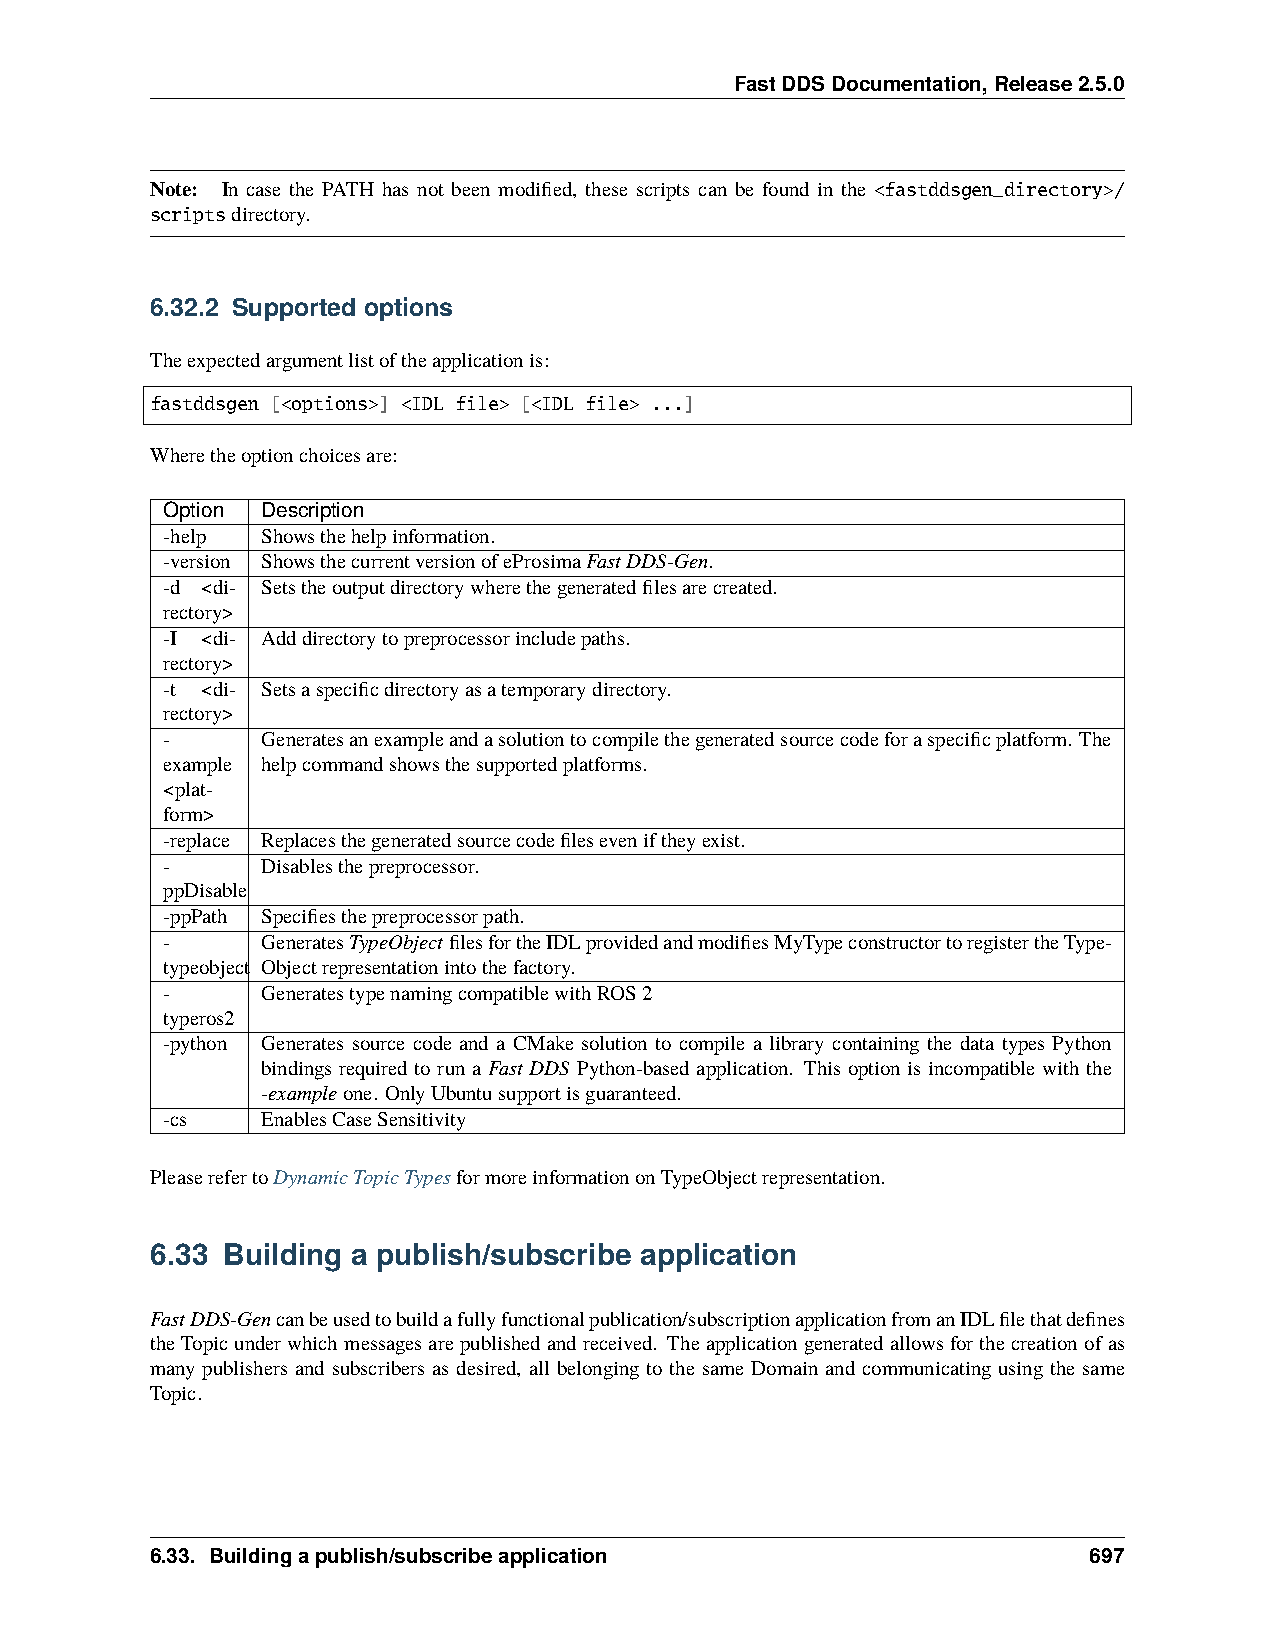
FastDDSDocumentation,Release2.5.0
 Note: In case the PATH has not been modified, these scripts can be found in the <fastddsgen_directory>/
 scriptsdirectory.
 6.32.2 Supported options
 Theexpectedargumentlistoftheapplicationis:
 fastddsgen [<options>] <IDL file> [<IDL file> ...]
 Wheretheoptionchoicesare:
 Option Description
 -help Showsthehelpinformation.
 -version ShowsthecurrentversionofeProsimaFastDDS-Gen.
 -d <di- Setstheoutputdirectorywherethegeneratedfilesarecreated.
 rectory>
 -I <di- Adddirectorytopreprocessorincludepaths.
 rectory>
 -t <di- Setsaspecificdirectoryasatemporarydirectory.
 rectory>
 -     Generatesanexampleandasolutiontocompilethegeneratedsourcecodeforaspecificplatform. The
 example helpcommandshowsthesupportedplatforms.
 <plat-
 form>
 -replace Replacesthegeneratedsourcecodefileseveniftheyexist.
 -     Disablesthepreprocessor.
 ppDisable
 -ppPath Specifiesthepreprocessorpath.
 -     GeneratesTypeObjectfilesfortheIDLprovidedandmodifiesMyTypeconstructortoregistertheType-
 typeobject Objectrepresentationintothefactory.
 -     GeneratestypenamingcompatiblewithROS2
 typeros2
 -python Generates source code and a CMake solution to compile a library containing the data types Python
 bindings required to run a Fast DDS Python-based application. This option is incompatible with the
 -exampleone. OnlyUbuntusupportisguaranteed.
 -cs   EnablesCaseSensitivity
 PleaserefertoDynamicTopicTypesformoreinformationonTypeObjectrepresentation.
 6.33 Building a publish/subscribe application
 FastDDS-Gencanbeusedtobuildafullyfunctionalpublication/subscriptionapplicationfromanIDLfilethatdefines
 theTopicunderwhichmessagesarepublishedandreceived. Theapplicationgeneratedallowsforthecreationofas
 many publishers and subscribers as desired, all belonging to the same Domain and communicating using the same
 Topic.
 6.33. Buildingapublish/subscribeapplication                   697